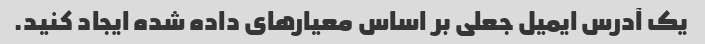
یک آدرس ایمیل جعلی بر اساس معیارهای داده شده ایجاد کنید.